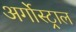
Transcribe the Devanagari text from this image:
अर्गोस्ट्राल